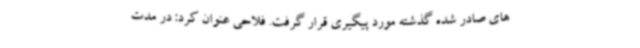
های صادر شده گذشته مورد پیگیری قرار گرفت. فلاحی عنوان کرد: در مدت